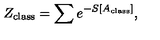
Z _ { \mathrm { c l a s s } } = \sum e ^ { - S [ A _ { \mathrm { c l a s s } } ] } ,